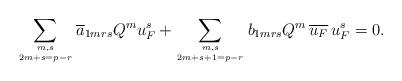
LaTeX: \begin{align*} \sum_{m,s \atop 2m+s=p-r} \overline a_{1mrs}Q^mu_F^s + \sum_{m,s \atop 2m+s+1=p-r} b_{1mrs} Q^m \,\overline{u_F}\,u_F^s=0.\end{align*}